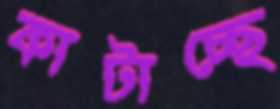
কাটাচ্ছে